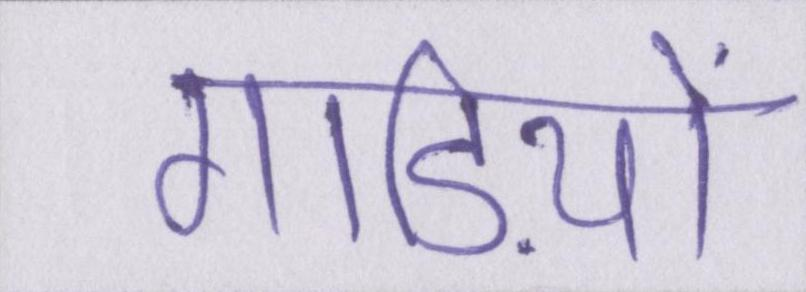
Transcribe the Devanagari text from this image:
गाड़ियों